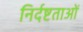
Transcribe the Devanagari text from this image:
निर्दष्टताओं